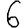
Digit: 6